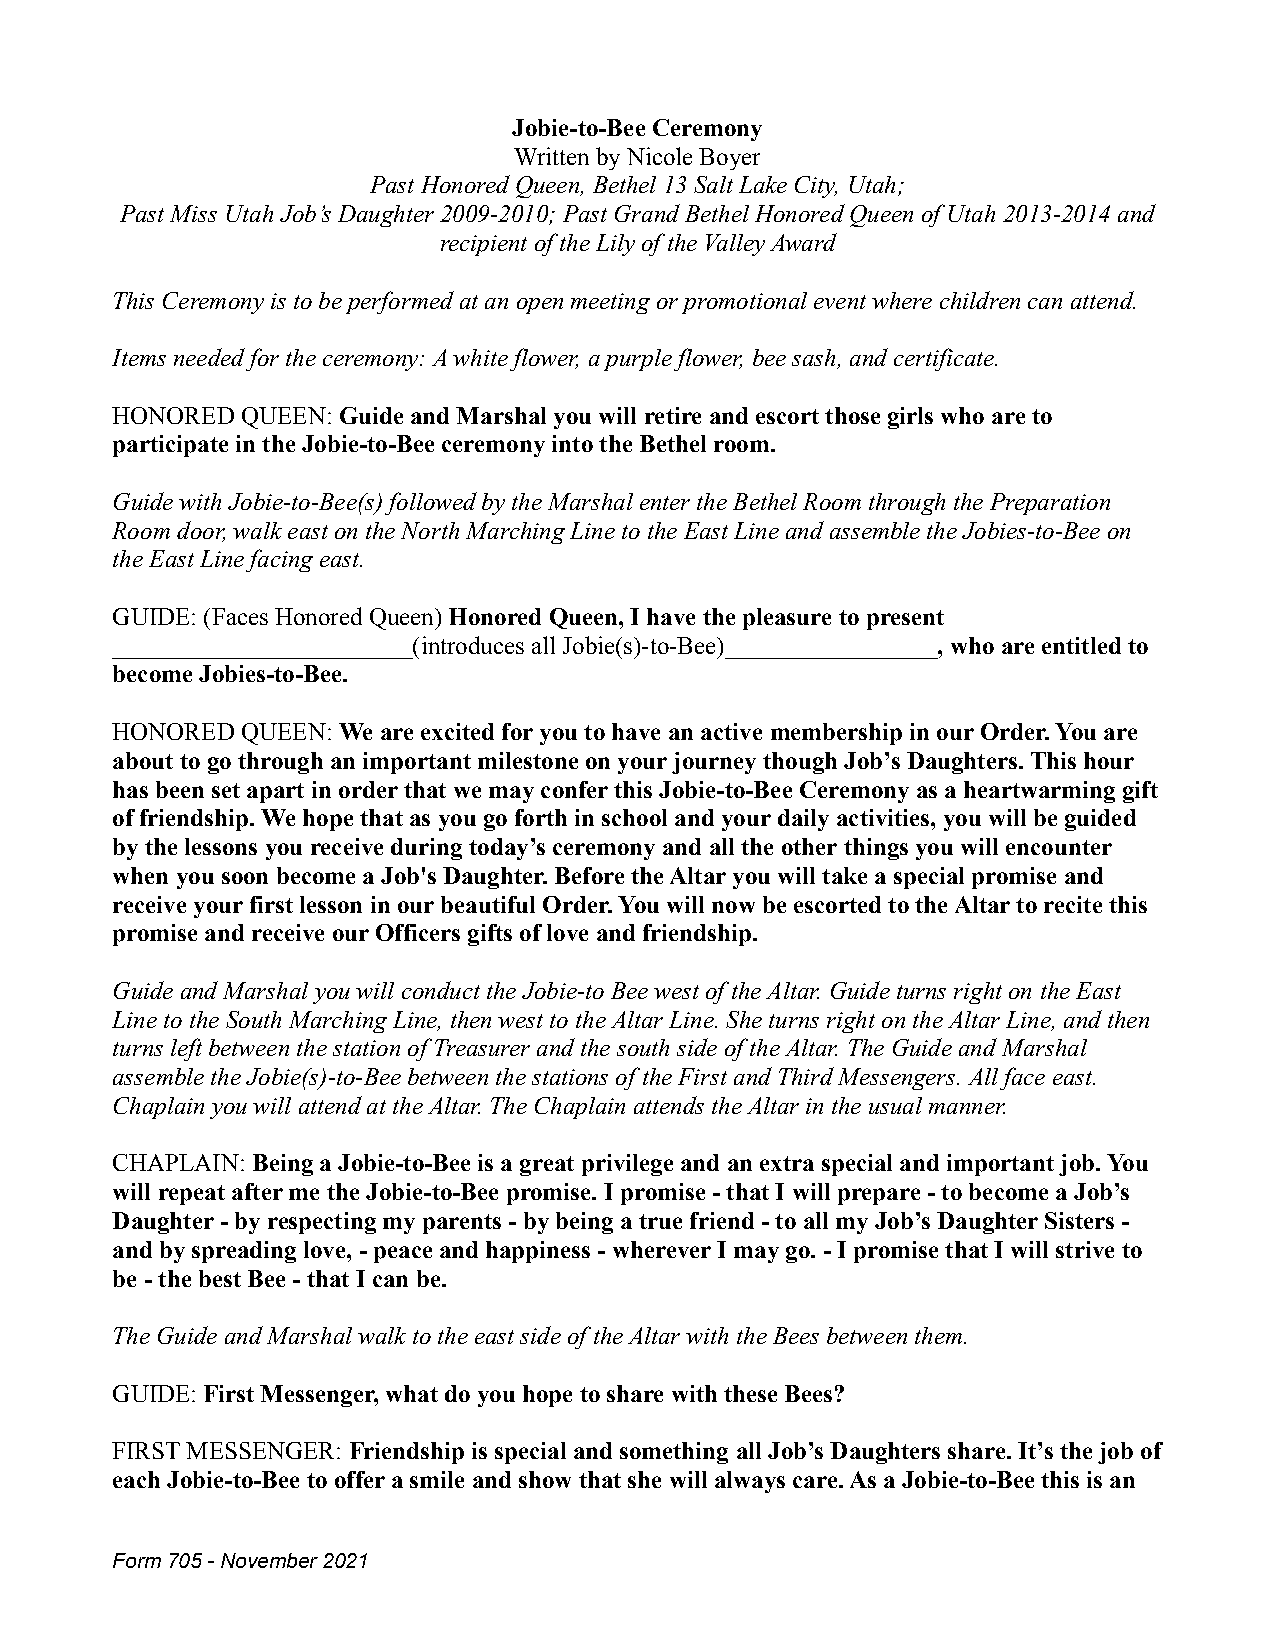
Jobie-to-Bee Ceremony
 Written by Nicole Boyer
 Past Honored Queen, Bethel 13 Salt Lake City, Utah;
 Past Miss Utah Job’s Daughter 2009-2010; Past Grand Bethel Honored Queen of Utah 2013-2014 and
 recipient of the Lily of the Valley Award
 This Ceremony is to be performed at an open meeting or promotional event where children can attend.
 Items needed for the ceremony: A white flower, a purple flower, bee sash, and certificate.
 HONORED  QUEEN: Guide and Marshal you will retire and escort those girls who are to
 participate in the Jobie-to-Bee ceremony into the Bethel room.
 Guide with Jobie-to-Bee(s) followed by the Marshal enter the Bethel Room through the Preparation
 Room door, walk east on the North Marching Line to the East Line and assemble the Jobies-to-Bee on
 the East Line facing east.
 GUIDE: (Faces Honored Queen)Honored Queen, I have the pleasure to present
 ________________________(introduces all Jobie(s)-to-Bee)_________________, who are entitled to
 become Jobies-to-Bee.
 HONORED  QUEEN: We are excited for you to have an active membership in our Order. You are
 about to go through an important milestone on your journey though Job’s Daughters. This hour
 has been set apart in order that we may confer this Jobie-to-Bee Ceremony as a heartwarming gift
 of friendship. We hope that as you go forth in school and your daily activities, you will be guided
 by the lessons you receive during today’s ceremony and all the other things you will encounter
 when you soon become a Job's Daughter. Before the Altar you will take a special promise and
 receive your first lesson in our beautiful Order. You will now be escorted to the Altar to recite this
 promise and receive our Officers gifts of love and friendship.
 Guide and Marshal you will conduct the Jobie-to Bee west of the Altar. Guide turns right on the East
 Line to the South Marching Line, then west to the Altar Line. She turns right on the Altar Line, and then
 turns left between the station of Treasurer and the south side of the Altar. The Guide and Marshal
 assemble the Jobie(s)-to-Bee between the stations of the First and Third Messengers. All face east.
 Chaplain you will attend at the Altar. The Chaplain attends the Altar in the usual manner.
 CHAPLAIN: Being a Jobie-to-Bee is a great privilege and an extra special and important job. You
 will repeat after me the Jobie-to-Bee promise. I promise - that I will prepare - to become a Job’s
 Daughter - by respecting my parents - by being a true friend - to all my Job’s Daughter Sisters -
 and by spreading love, - peace and happiness - wherever I may go. - I promise that I will strive to
 be - the best Bee - that I can be.
 The Guide and Marshal walk to the east side of the Altar with the Bees between them.
 GUIDE: First Messenger, what do you hope to sharewith these Bees?
 FIRST MESSENGER: Friendship is special and something all Job’s Daughters share. It’s the job of
 each Jobie-to-Bee to offer a smile and show that she will always care. As a Jobie-to-Bee this is an
 Form 705 - November 2021